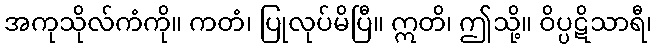
အကုသိုလ်ကံကို။ ကတံ၊ ပြုလုပ်မိပြီ။ ဣတိ၊ ဤသို့။ ဝိပ္ပဋိသာရီ၊